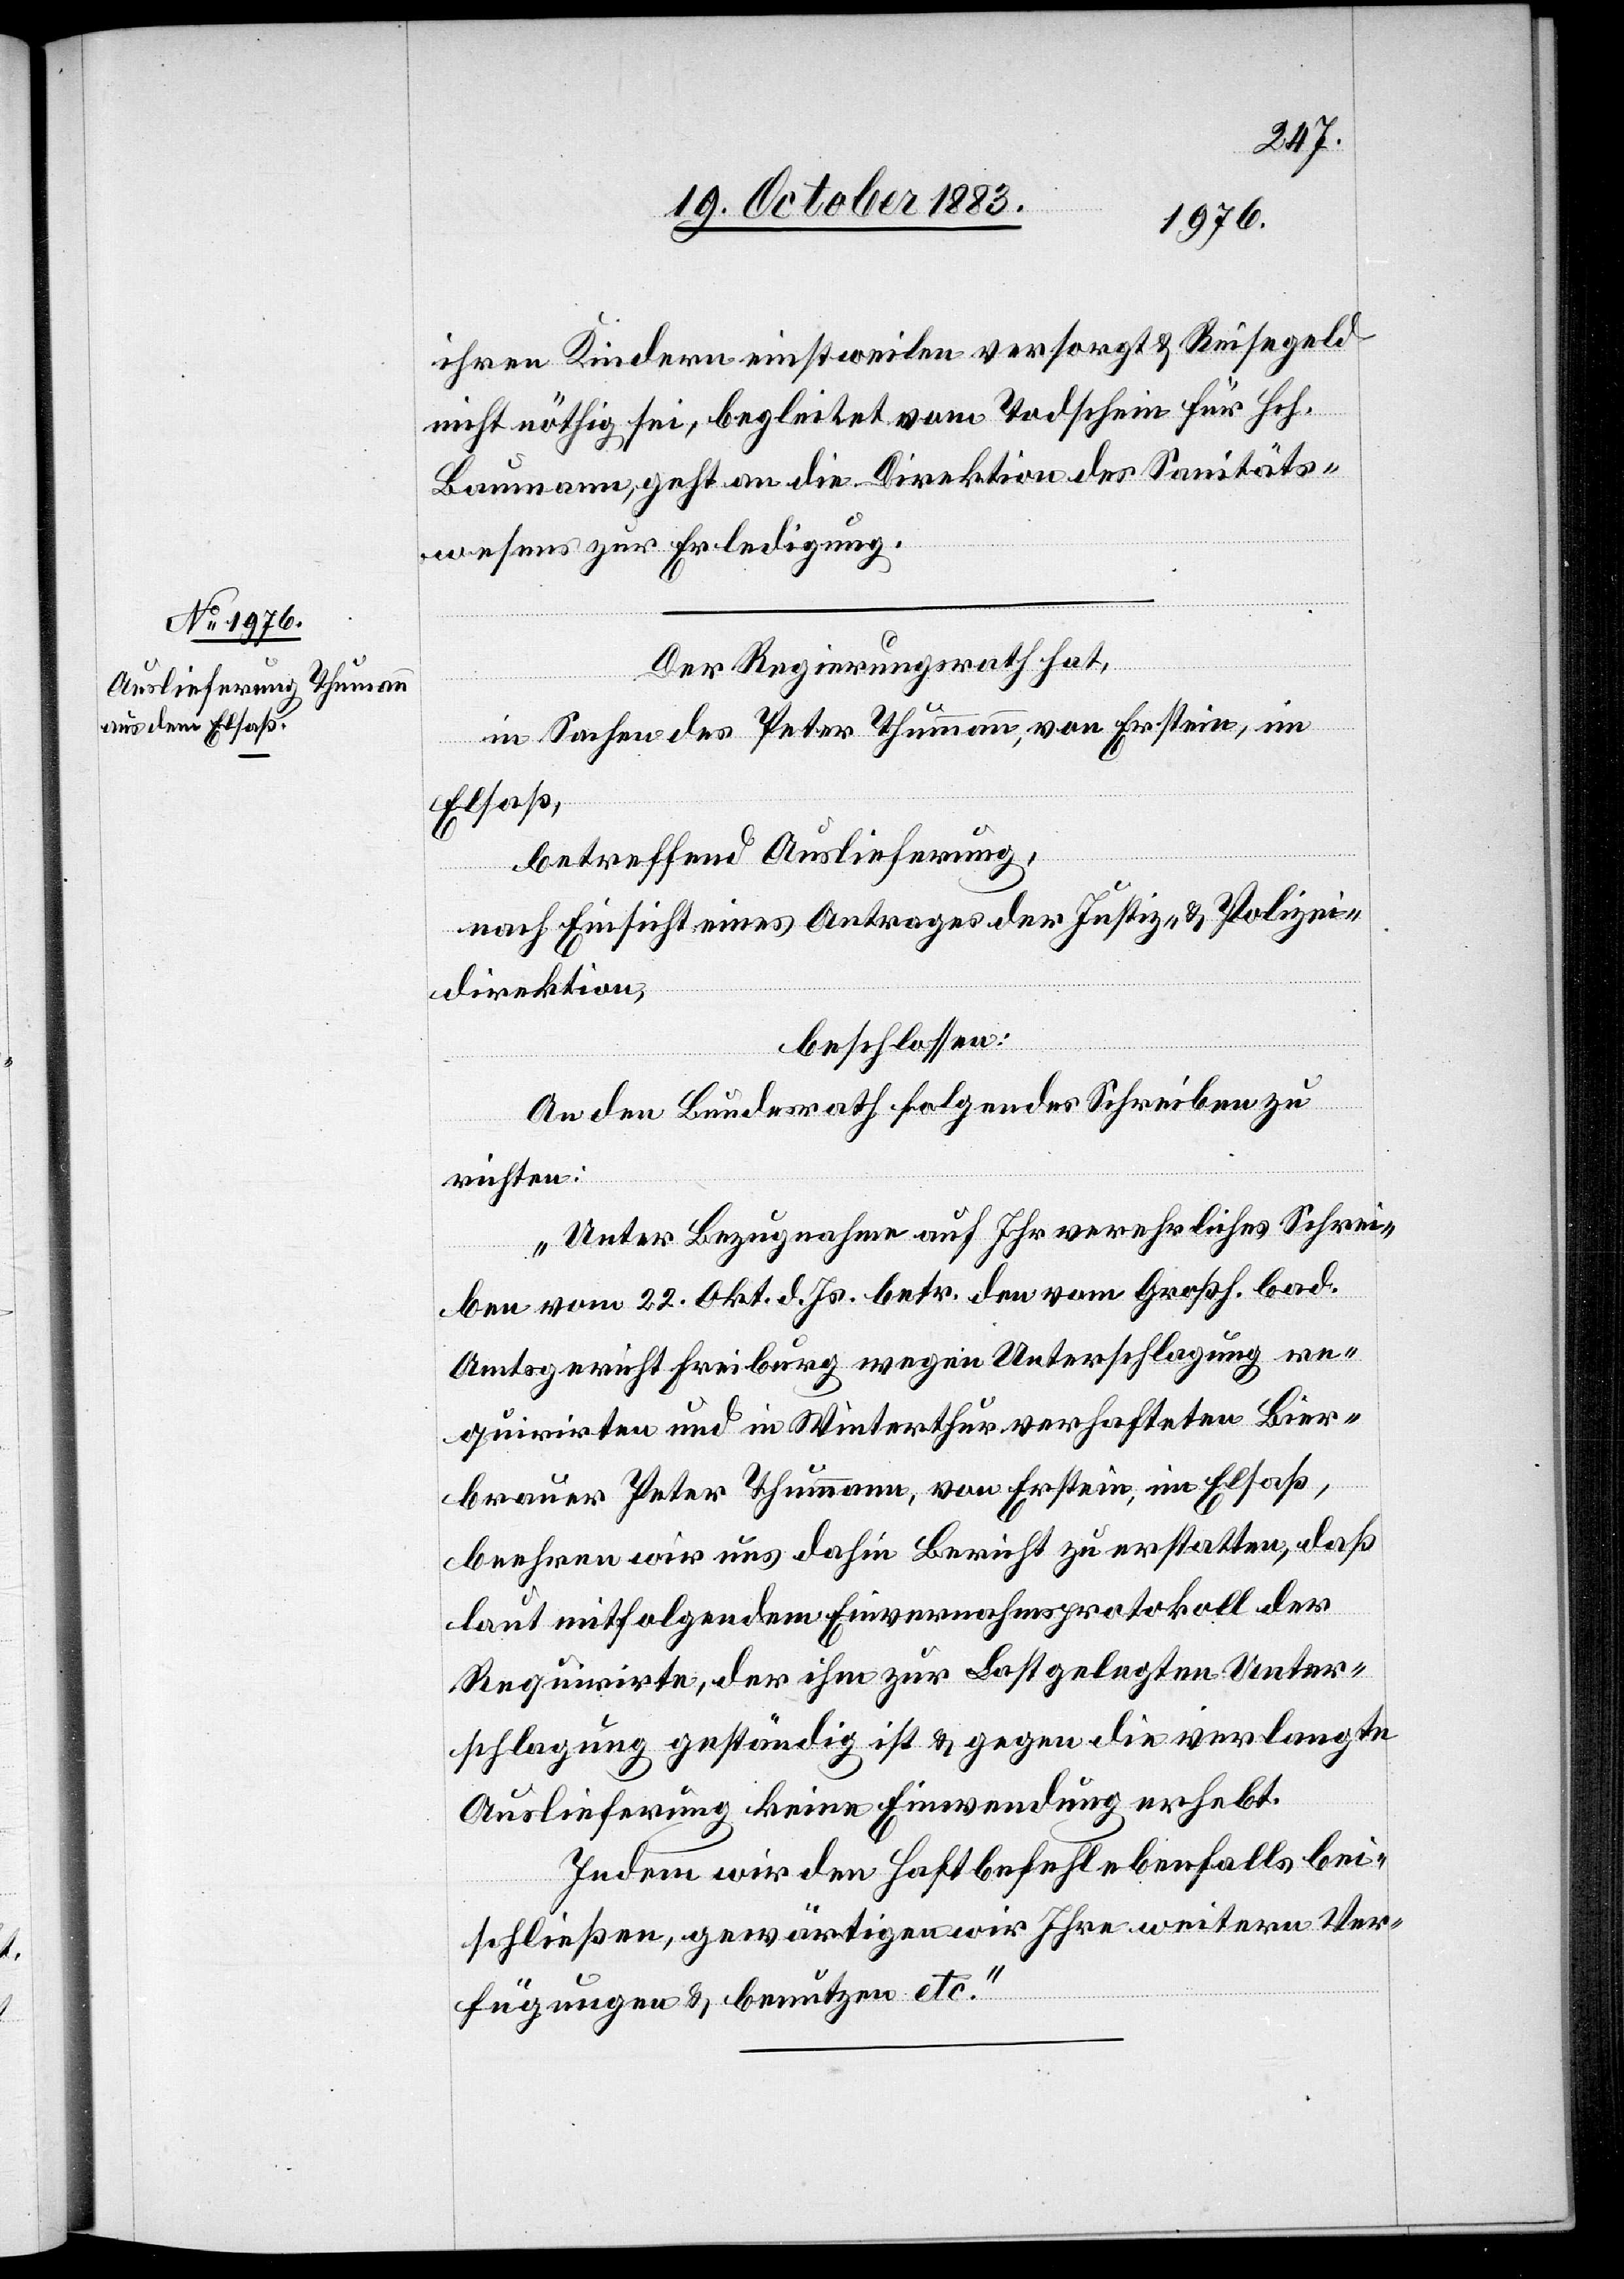
25. October 1883.]
ihren Kindern einstweilen versorgt & Reisegeld
nicht nöthig sei, begleitet vom Todschein für Hch.
Baumann, geht an die Direktion des Sanitäts¬
wesen zur Erledigung.
Der Regierungsrath hat,
in Sachen des Peter Thummann, von Erstein, im
Elsaß,
betreffend Auslieferung,
nach Einsicht eines Antrages der Justiz- & Polizei¬
direktion,
beschlossen:
An den Bundesrath folgendes Schreiben zu
richten:
„Unter Bezugnahme auf Ihr verehrliches Schrei¬
ben vom 22. Okt. d. Js. betr. den vom Großh. bad.
Amtsgericht Freiburg wegen Unterschlagung re¬
quirirten und in Winterthur verhafteten Bier¬
brauer Peter Thummann, von Erstein, im Elsaß,
beehren wir uns dahin Bericht zu erstatten, daß
laut mitfolgendem Einvernahmsprotokoll der
Requirirte, der ihm zur Last gelegten Unter¬
schlagung geständig ist & gegen die verlangte
Auslieferung keine Einwendung erhebt.
Indem wir den Haftbefehl ebenfalls bei¬
schließen, gewärtigen wir Ihre weitere Ver¬
fügungen & benutzen etc.“